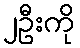
၂ဦးကို